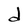
Character: d